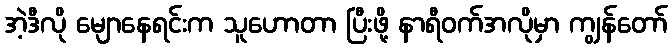
အဲ့ဒီလို မျောနေရင်းက သူဟောတာ ပြီးဖို့ နာရီဝက်အလိုမှာ ကျွန်တော်